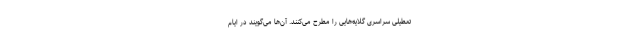
تعطیلی سراسری گلایه‌هایی را مطرح می‌کنند. آن‌ها می‌گویند در ایام